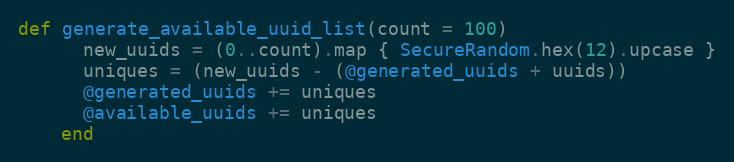
Language: Ruby
def generate_available_uuid_list(count = 100)
      new_uuids = (0..count).map { SecureRandom.hex(12).upcase }
      uniques = (new_uuids - (@generated_uuids + uuids))
      @generated_uuids += uniques
      @available_uuids += uniques
    end